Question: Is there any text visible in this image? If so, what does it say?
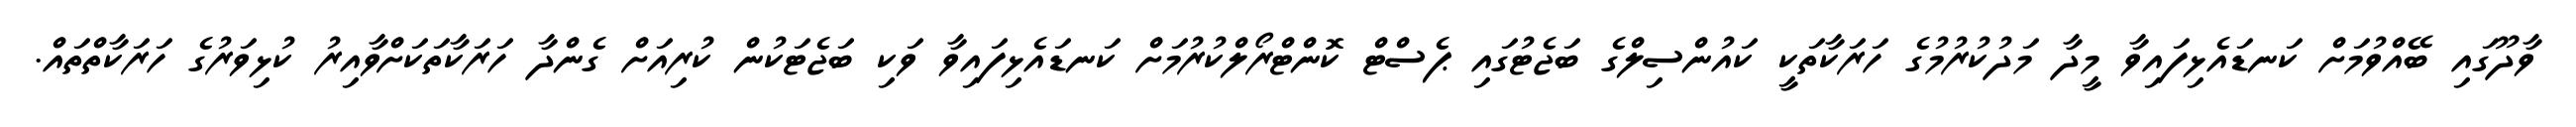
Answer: ވާދޫގައި ބޭއްވުމަށް ކަނޑައެޅިފައިވާ މީދާ މަދުކުރުމުގެ ހަރަކާތަކީ ކައުންސިލްގެ ބަޖެޓުގައި ޕެސްޓް ކޮންޓްރޯލްކުރުމަށް ކަނޑައެޅިފައިވާ ވަކި ބަޖެޓަކުން ކުރިއަށް ގެންދާ ހަރަކާތަކަށްވާއިރު ކުޅިވަރުގެ ހަރަކާތްތައް.